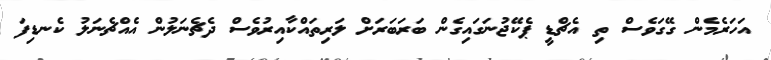
އަހަރެމެން ގޭގަވެސް ތި އެޗްޑީ ޕެކޭޖުނަގައިގެން ބަރަބަރަށް ލަރިތައްކާއިރުވެސް ދެޗެނަލުން އެއްޗެނަލު ކެނޑިފަ